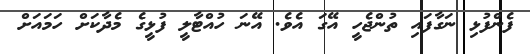
ފެންފުޅި ނަގާފައި ތުންޖެހީ އޭގަ އެވެ. އޭނަ ހުއްޓާލީ ފުޅީގެ މެދާކަށް ހަމައަށް